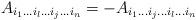
LaTeX: \begin{align*}A_{i_{1}\ldots i_{l}\ldots i_{j}\ldots i_{n}}=-A_{i_{1}\ldots i_{j}\ldots i_{l}\ldots i_{n}}\end{align*}